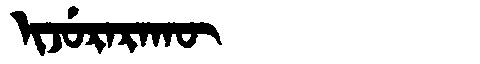
Manchu: ᡳᠵᡠᡵᠠᡵᠠᡴᡡ
Romanization: IJURARAKŪ